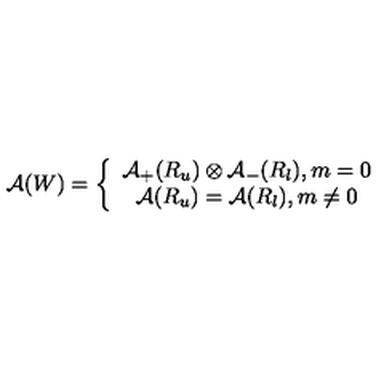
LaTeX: \mathcal { A } ( W ) = \left\{ \begin{array} { c } { \mathcal { A } _ { + } ( R _ { u } ) \otimes \mathcal { A } _ { - } ( R _ { l } ) , m = 0 } \\ { \mathcal { A } ( R _ { u } ) = \mathcal { A } ( R _ { l } ) , m \neq 0 } \\ \end{array} \right.